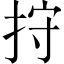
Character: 𢬇